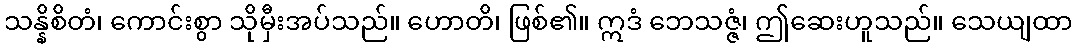
သန္နိစိတံ၊ ကောင်းစွာ သိုမှီးအပ်သည်။ ဟောတိ၊ ဖြစ်၏။ ဣဒံ ဘေသဇ္ဇံ၊ ဤဆေးဟူသည်။ သေယျထာ